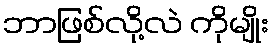
ဘာဖြစ်လို့လဲ ကိုမျိုး